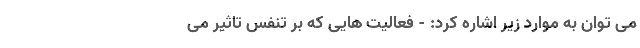
می توان به موارد زیر اشاره کرد: - فعالیت هایی که بر تنفس تاثیر می